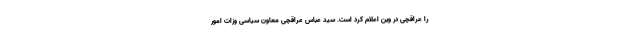
را عراقچی در وین اعلام کرد است. سید عباس عراقچی معاون سیاسی وزات امور